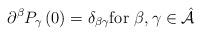
LaTeX: \begin{align*}\partial ^{\beta }P_{\gamma }\left( 0\right) =\delta _{\beta \gamma }\text{for }\beta ,\gamma \in \hat{\mathcal{A}} \end{align*}